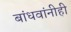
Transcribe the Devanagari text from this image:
बांधवांनीही